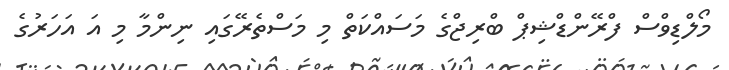
މޯލްޑިވްސް ފްރޭންޑްޝިޕް ބްރިޖްގެ މަސައްކަތް މި މަސްތެރޭގައި ނިންމާ މި އަ އަހަރުގެ